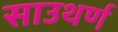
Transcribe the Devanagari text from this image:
साउथर्ण